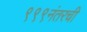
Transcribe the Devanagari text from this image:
९९९नंतरची